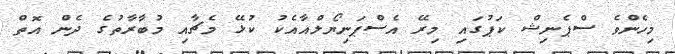
މިހެންވެ ސްޕެނިޝް ކަޕުގައި މިރޭ އެސްޕަނިޔޯލްއާއެކު ކުޅޭ މެޗާއި މުބާރާތުގެ ދެން އޮތް